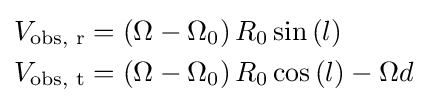
{\begin{aligned}&V_{\text{obs, r}}=\left(\Omega -\Omega _{0}\right)R_{0}\sin \left(l\right)\\&V_{\text{obs, t}}=\left(\Omega -\Omega _{0}\right)R_{0}\cos \left(l\right)-\Omega d\\\end{aligned}}